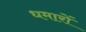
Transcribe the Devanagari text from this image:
धमारों